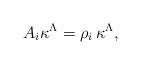
LaTeX: \begin{align*}A_i \kappa^{\Lambda}=\rho_i\, \kappa^{\Lambda},\end{align*}